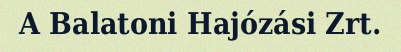
A Balatoni Hajózási Zrt.